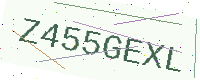
Text: Z455GEXL